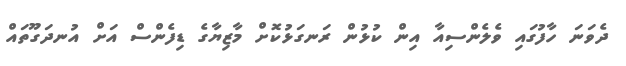
ދެވަނަ ހާފުގައި ވެލެންސިއާ އިން ކުޅުން ރަނގަޅުކޮށް މާޒިޔާގެ ޑިފެންސް އަށް އުނދަގޫތައް